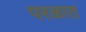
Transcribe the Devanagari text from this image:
परळात